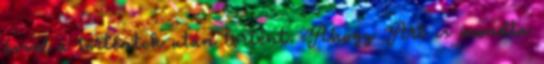
évvel a történtek után történt. Ahogy Art is mondta